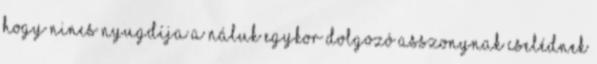
hogy nincs nyugdíja a náluk egykor dolgozó asszonynak cselédnek